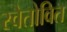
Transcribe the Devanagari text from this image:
स्वेतोवित